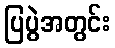
ပြပွဲအတွင်း